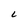
Character: L